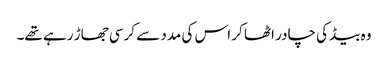
وہ بیڈ کی چادر اٹھا کر اس کی مدد سے کرسی جھاڑ رہے تھے۔